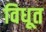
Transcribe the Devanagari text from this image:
विधूत